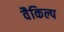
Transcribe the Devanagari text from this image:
वैकिल्प